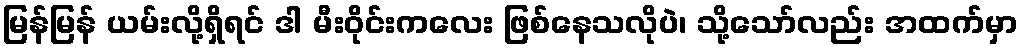
မြန်မြန် ယမ်းလို့ရှိရင် ဒါ မီးဝိုင်းကလေး ဖြစ်နေသလိုပဲ၊ သို့သော်လည်း အထက်မှာ